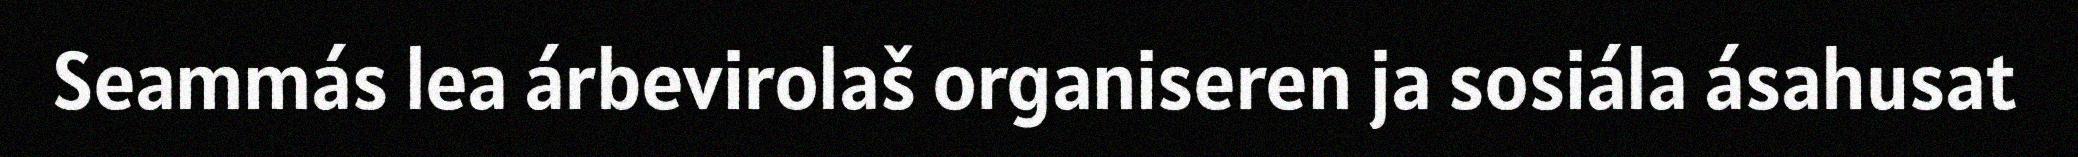
Seammás lea árbevirolaš organiseren ja sosiála ásahusat